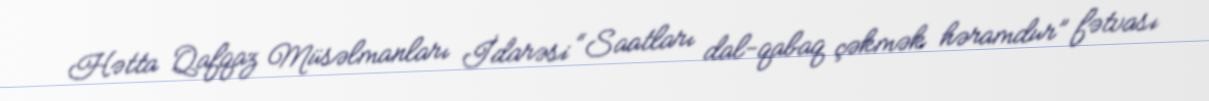
Hətta Qafqaz Müsəlmanları İdarəsi “Saatları dal-qabaq çəkmək həramdur” fətvası